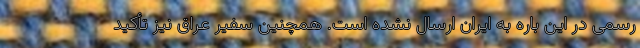
رسمی در این باره به ایران ارسال نشده است. همچنین سفیر عراق نیز تأکید